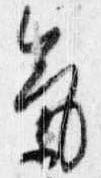
気